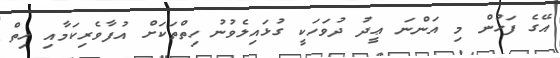
އޭގެ ފަހުން މި އަންނަ ޢީދު ދުވަހަކީ ގުޅައިލެވުނު ހިތްތަކަށް އުފާވެރިކަމާއި ހިތް